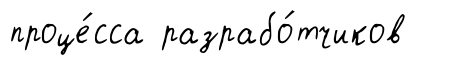
проце́сса разрабо́тчиков